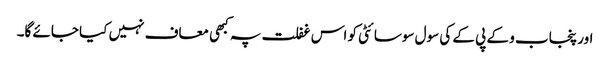
اور پنجاب و کے پی کے کی سول سوسائٹی کو اس غفلت پہ کبھی معاف نہیں کیا جائے گا۔